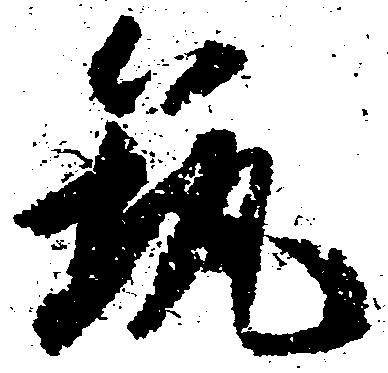
筑